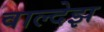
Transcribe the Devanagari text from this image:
वाल्देझ